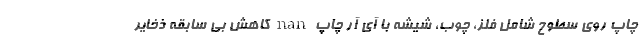
چاپ روی سطوح شامل فلز، چوب، شیشه با آی آر چاپ nan کاهش بی سابقه ذخایر